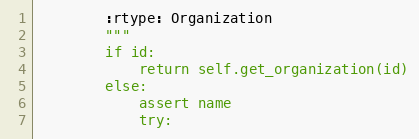
Language: Python
        :rtype: Organization
        """
        if id:
            return self.get_organization(id)
        else:
            assert name
            try: